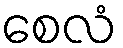
စေလံ